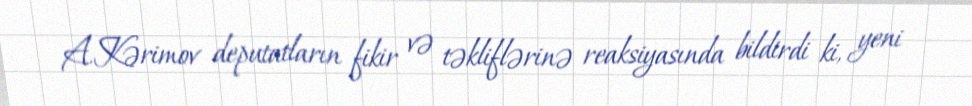
A.Kərimov deputatların fikir və təkliflərinə reaksiyasında bildirdi ki, yeni